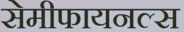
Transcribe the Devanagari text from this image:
सेमीफायनल्स